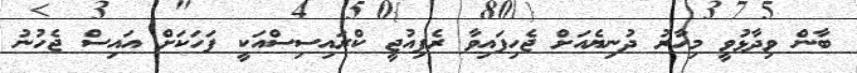
ބާން ވިދާޅުވީ މިހާރު ދުނިޔެއަށް ޖެހިފައިވާ ރެފިއުޖީ ކްރައިސިސްއަކީ ފަހަކަށް އައިސް ޖެހުނު